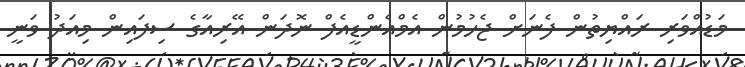
މަޑުއްވަރި ރައްޔިތުން ފެނަށް ޖެހުމުން އެމްއެންޑީއެފް ނޮދަން އޭރިއާގެ ސިފައިން މިއަދު ވަނީ